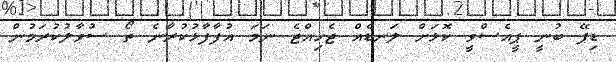
ޑިޕޭ ބުނީ ޕީއެސްވީ ކޮޅަށް ލަނޑެއް ޖެހިއްޖެ ނަމަ އުފާފާޅުކުރާނެ ތޯ ސުވާލުކުރަމުން